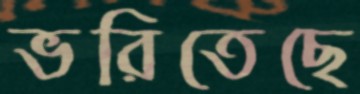
ভরিতেছে